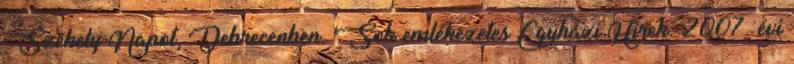
Székely Napot, Debrecenben. Sok emlékezetes Egyházi Hírek. 2007. évi